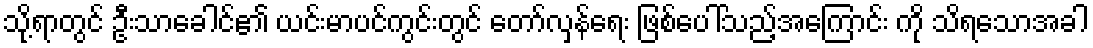
သို့ရာတွင် ဦးသာခေါင်၏ ယင်းမာပင်ကွင်းတွင် တော်လှန်ရေး ဖြစ်ပေါ်သည့်အကြောင်း ကို သိရသောအခါ